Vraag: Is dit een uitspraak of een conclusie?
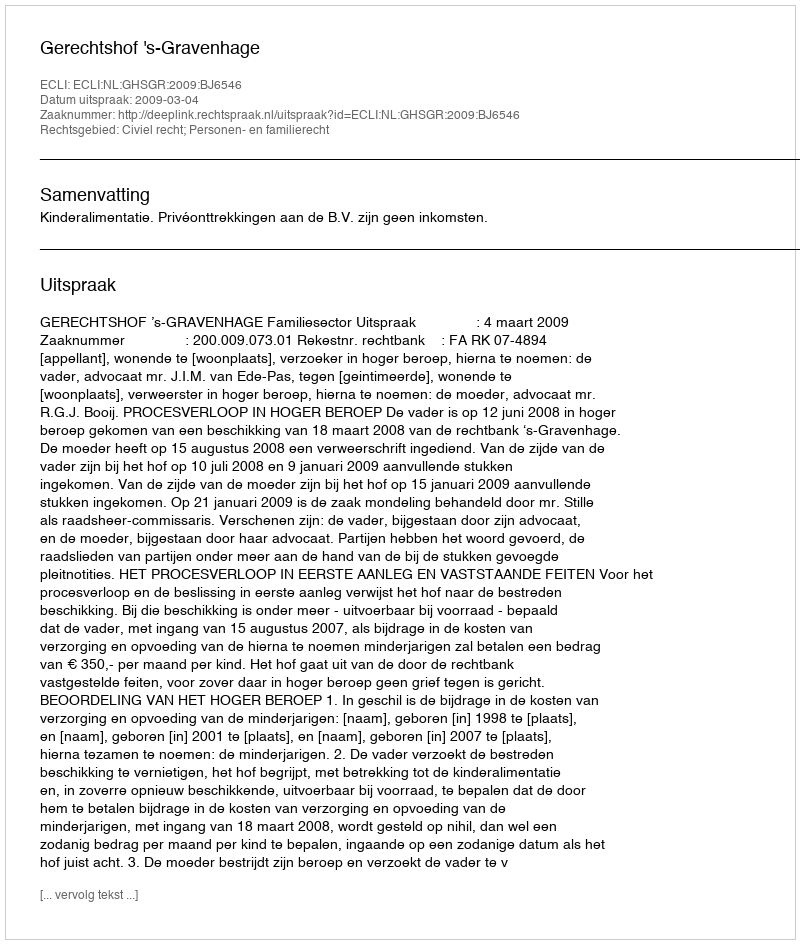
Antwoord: Uitspraak